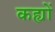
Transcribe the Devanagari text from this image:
कह्यों